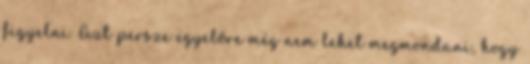
figyelni. Azt persze egyelőre még nem lehet megmondani, hogy